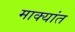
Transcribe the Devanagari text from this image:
माक्यांत